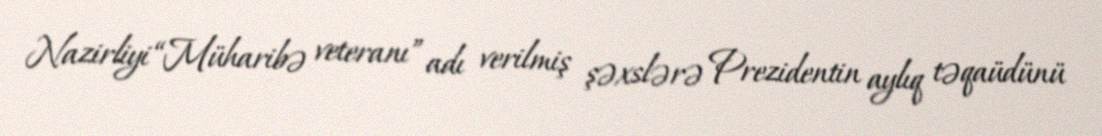
Nazirliyi “Müharibə veteranı” adı verilmiş şəxslərə Prezidentin aylıq təqaüdünü